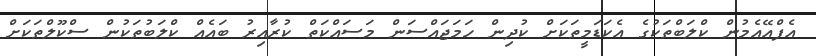
އެފްއޭއެމުން ކްލަބްތަކުގެ އެކަޑަމީތަކަށް ކުދިން ހަމަޖައްސަން މަސައްކަތް ކުރާއިރު ބައެއް ކްލަބުތަކުން ސްކޫލްތަކަށް